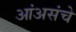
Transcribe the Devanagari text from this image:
आंअसंचे